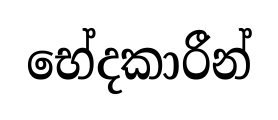
භේදකාරීන්